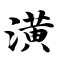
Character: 潢